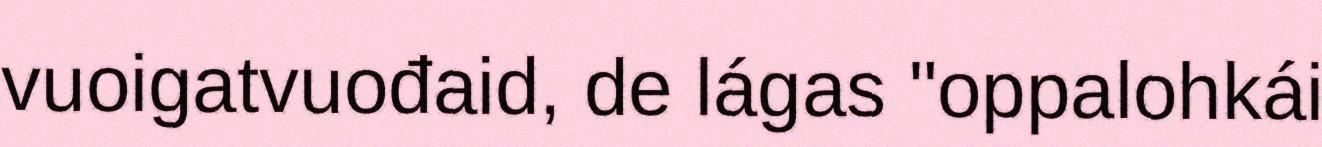
vuoigatvuođaid, de lágas "oppalohkái